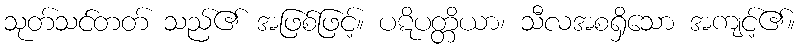
သုတ်သင်တတ် သည်၏ အဖြစ်ဖြင့်။ ပဋိပတ္တိယာ၊ သီလအစရှိသော အကျင့်၏။